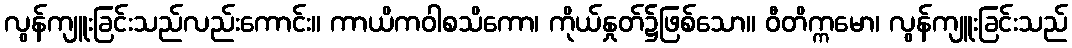
လွန်ကျူးခြင်းသည်လည်းကောင်း။ ကာယိကဝါစသိကော၊ ကိုယ်နှုတ်၌ဖြစ်သော။ ဝီတိက္ကမော၊ လွန်ကျူးခြင်းသည်